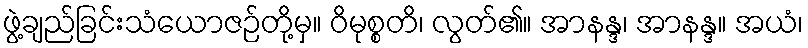
ဖွဲ့ချည်ခြင်းသံယောဇဉ်တို့မှ။ ဝိမုစ္စတိ၊ လွတ်၏။ အာနန္ဒ၊ အာနန္ဒ။ အယံ၊